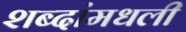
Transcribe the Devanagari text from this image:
शब्दांमधली